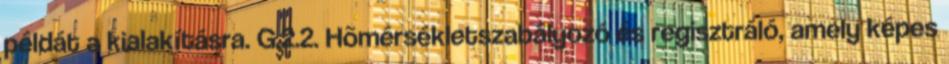
példát a kialakításra. G.2.2. Hõmérsékletszabályozó és regisztráló, amely képes